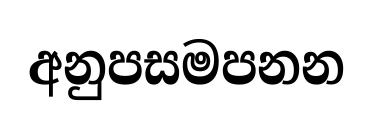
අනුපසමපනන